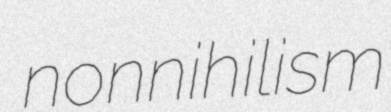
nonnihilism